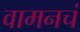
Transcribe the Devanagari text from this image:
वामनचं